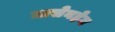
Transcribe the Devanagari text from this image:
ग्रासेनहेन